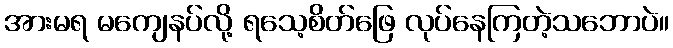
အားမရ မကျေနပ်လို့ ရသေ့စိတ်ဖြေ လုပ်နေကြတဲ့သဘောပဲ။